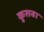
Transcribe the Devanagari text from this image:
कुसवा